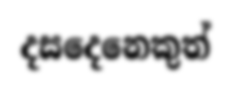
දසදෙනෙකුත්